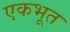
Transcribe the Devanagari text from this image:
एकभूत